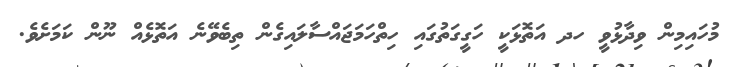
މުހައިމިން ވިދާޅުވީ ހދ އަތޮޅަކީ ހަގީގަތުގައި ހިތްހަމަޖައްސާލައިގެން ތިބެވޭނެ އަތޮޅެއް ނޫން ކަމަށެވެ.